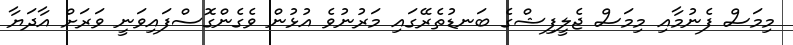
މިމަސް ފެނުމާއި މިމަސް ޖެލީފިޝްގެ ބަނޑުތެރޭގައި މަރުނުވެ އުޅުން ވެގެންގޮސްފައިވަނީ ވަރަށް އާދަޔާ